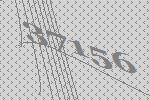
37156